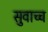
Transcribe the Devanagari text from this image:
सुवाच्च